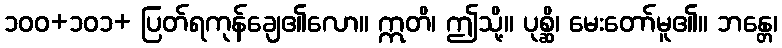
၁၀၀+၁၀၁+ ပြတ်ရကုန်ချေ၏လော။ ဣတိ၊ ဤသို့။ ပုစ္ဆိ၊ မေးတော်မူ၏။ ဘန္တေ၊